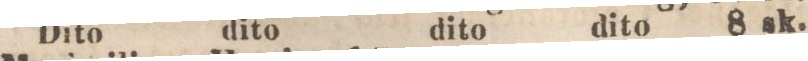
Dito dito dito dito 8 sk.